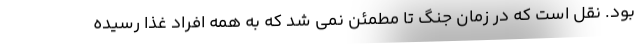
بود. نقل است که در زمان جنگ تا مطمئن نمی شد که به همه افراد غذا رسیده